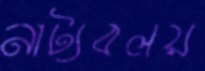
নাট্যবলয়